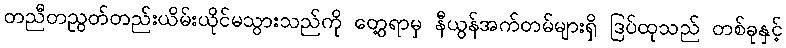
တညီတညွတ်တည်းယိမ်းယိုင်မသွားသည်ကို တွေ့ရာမှ နီယွန်အက်တမ်များရှိ ဒြပ်ထုသည် တစ်ခုနှင့်